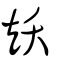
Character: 矨